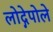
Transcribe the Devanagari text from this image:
लोद्गेपोले